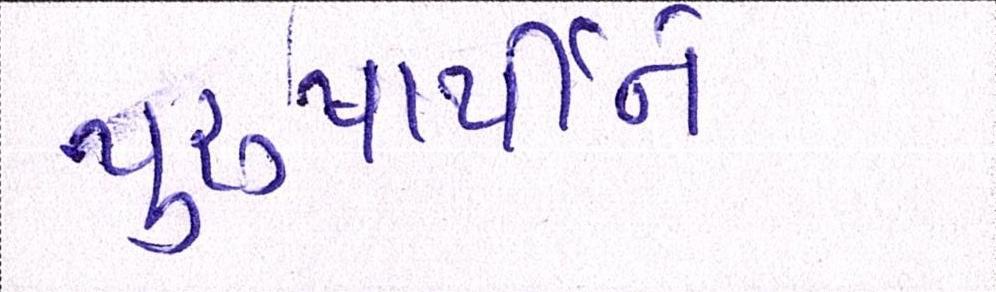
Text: પુરુષાર્થીને